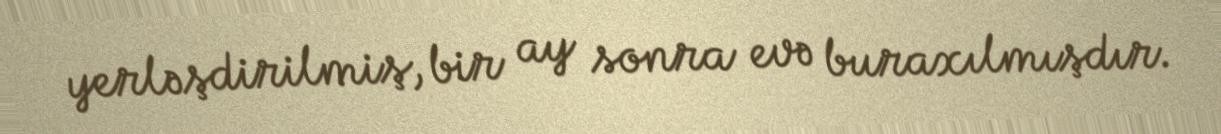
yerləşdirilmiş, bir ay sonra evə buraxılmışdır.